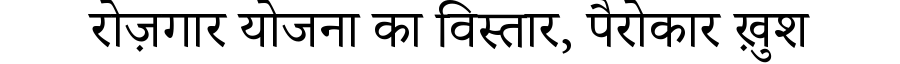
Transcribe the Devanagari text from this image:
रोज़गार योजना का विस्तार, पैरोकार ख़ुश